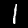
Label: 1